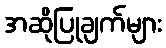
အဆိုပြုချက်များ